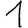
Digit: 1